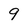
Character: 9